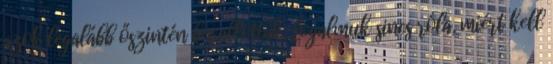
azok legalább őszintén bevallották, fogalmuk sincs róla, miért kell